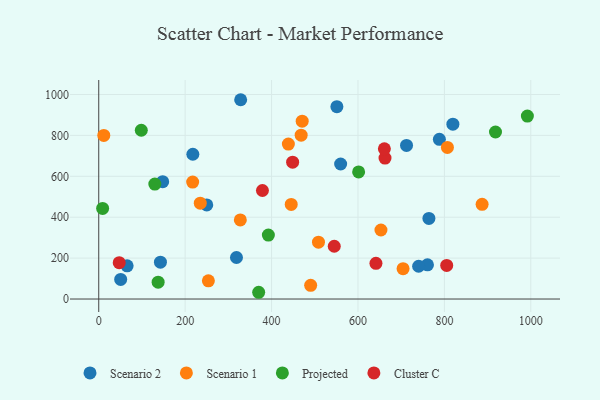
{"axis": {"x": "Price", "y": "Fuel Efficiency"}, "legend": ["Cluster C", "Projected", "Scenario 1", "Scenario 2"], "data": [{"x": "250.0", "y": 459.9, "type": "Scenario 2"}, {"x": "788.4", "y": 781.0, "type": "Scenario 2"}, {"x": "65.7", "y": 162.1, "type": "Scenario 2"}, {"x": "217.8", "y": 707.9, "type": "Scenario 2"}, {"x": "551.2", "y": 940.3, "type": "Scenario 2"}, {"x": "50.8", "y": 95.8, "type": "Scenario 2"}, {"x": "328.5", "y": 974.4, "type": "Scenario 2"}, {"x": "764.2", "y": 394.3, "type": "Scenario 2"}, {"x": "760.9", "y": 167.2, "type": "Scenario 2"}, {"x": "740.4", "y": 160.2, "type": "Scenario 2"}, {"x": "559.9", "y": 660.2, "type": "Scenario 2"}, {"x": "712.4", "y": 751.1, "type": "Scenario 2"}, {"x": "142.8", "y": 180.1, "type": "Scenario 2"}, {"x": "819.7", "y": 855.0, "type": "Scenario 2"}, {"x": "318.8", "y": 203.0, "type": "Scenario 2"}, {"x": "148.0", "y": 573.9, "type": "Scenario 2"}, {"x": "704.4", "y": 148.6, "type": "Scenario 1"}, {"x": "508.6", "y": 278.1, "type": "Scenario 1"}, {"x": "470.9", "y": 869.7, "type": "Scenario 1"}, {"x": "217.4", "y": 571.8, "type": "Scenario 1"}, {"x": "653.2", "y": 337.4, "type": "Scenario 1"}, {"x": "235.0", "y": 468.5, "type": "Scenario 1"}, {"x": "490.5", "y": 67.1, "type": "Scenario 1"}, {"x": "887.3", "y": 463.1, "type": "Scenario 1"}, {"x": "438.9", "y": 757.6, "type": "Scenario 1"}, {"x": "327.7", "y": 386.7, "type": "Scenario 1"}, {"x": "11.7", "y": 799.7, "type": "Scenario 1"}, {"x": "807.0", "y": 741.2, "type": "Scenario 1"}, {"x": "445.5", "y": 462.6, "type": "Scenario 1"}, {"x": "253.8", "y": 88.9, "type": "Scenario 1"}, {"x": "468.5", "y": 801.3, "type": "Scenario 1"}, {"x": "392.6", "y": 312.8, "type": "Projected"}, {"x": "370.2", "y": 33.0, "type": "Projected"}, {"x": "601.5", "y": 621.6, "type": "Projected"}, {"x": "9.0", "y": 442.9, "type": "Projected"}, {"x": "918.3", "y": 816.6, "type": "Projected"}, {"x": "992.1", "y": 894.4, "type": "Projected"}, {"x": "98.5", "y": 825.1, "type": "Projected"}, {"x": "137.5", "y": 82.4, "type": "Projected"}, {"x": "129.8", "y": 561.8, "type": "Projected"}, {"x": "662.6", "y": 688.9, "type": "Cluster C"}, {"x": "378.9", "y": 530.5, "type": "Cluster C"}, {"x": "448.8", "y": 669.3, "type": "Cluster C"}, {"x": "805.4", "y": 164.1, "type": "Cluster C"}, {"x": "545.1", "y": 257.9, "type": "Cluster C"}, {"x": "641.6", "y": 174.7, "type": "Cluster C"}, {"x": "47.4", "y": 177.8, "type": "Cluster C"}, {"x": "661.1", "y": 734.5, "type": "Cluster C"}]}